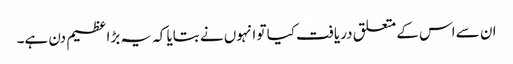
ان سے اس کے متعلق دریافت کیا تو انہوں نے بتایا کہ یہ بڑا عظیم دن ہے۔